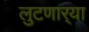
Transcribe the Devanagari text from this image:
लुटणार्‍या